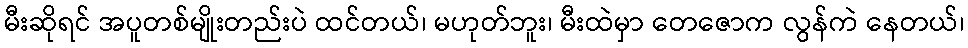
မီးဆိုရင် အပူတစ်မျိုးတည်းပဲ ထင်တယ်၊ မဟုတ်ဘူး၊ မီးထဲမှာ တေဇောက လွန်ကဲ နေတယ်၊